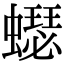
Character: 𧒓